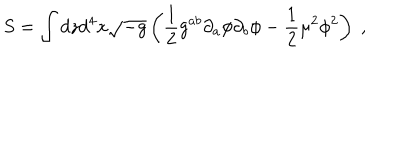
S = \int d z d ^ { 4 } x \sqrt { - g } \left( { \frac { 1 } { 2 } } g ^ { a b } \partial _ { a } \phi \partial _ { b } \phi - { \frac { 1 } { 2 } } \mu ^ { 2 } \phi ^ { 2 } \right) \; ,